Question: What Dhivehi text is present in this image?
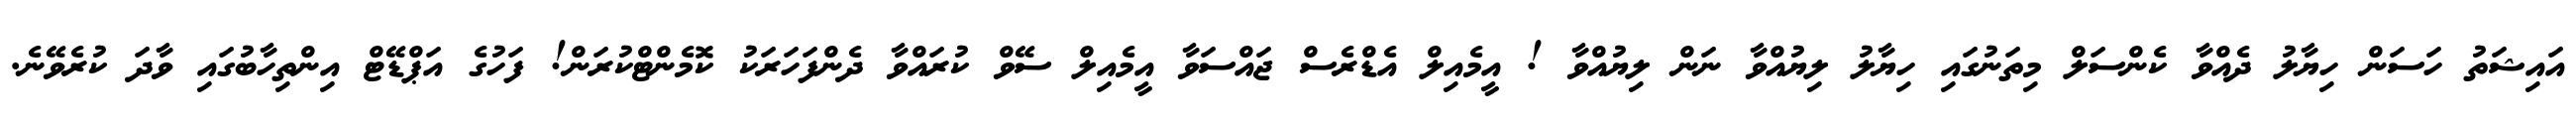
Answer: އައިޝަތު ހަސަން ހިޔާލު ދެއްވާ ކެންސަލް މިތަނުގައި ހިޔާލު ލިޔުއްވާ ނަން ލިޔުއްވާ ! އީމެއިލް އެޑްރެސް ޖައްސަވާ އީމެއިލް ސޭވް ކުރައްވާ ދެންފަހަރަކު ކޮމެންޓްކުރަން! ފަހުގެ އަޕްޑޭޓް އިންތިހާބުގައި ވާދަ ކުރެވޭނެ.